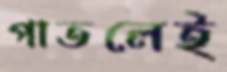
পাতলেই